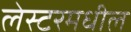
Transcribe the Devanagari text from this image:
लेस्टरमधील